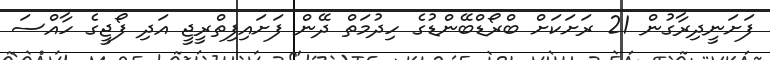
ފަށަަނީދިރާގުން 21 ރަށަކަށް ބްރޯޑްބޭންޑުގެ ހިދުމަތް ދޭން ފަށައިފިތްރީޖީ އަދި ފޯޖީގެ ހާއްސަ